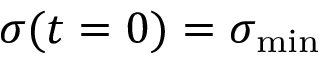
\sigma ( t = 0 ) = \sigma _ { \mathrm { m i n } }